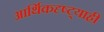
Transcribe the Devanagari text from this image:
आर्थिकदृष्ट्याही